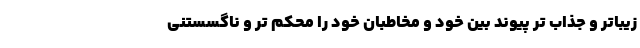
زیباتر و جذاب تر پیوند بین خود و مخاطبان خود را محکم تر و ناگسستنی